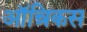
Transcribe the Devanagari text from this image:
ऑन्रिकस